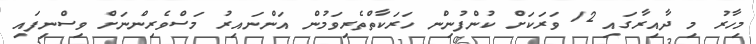
މިހާރު މި ދާއިރާގައި 12 ވަރަކަށް ކުންފުނިން ހަރަކާތްތެރިވަމުން އަންނައިރު މަސްވެރިންނަށް ވިސްނިފައި